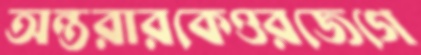
অন্তরারকেওরজেগে